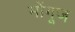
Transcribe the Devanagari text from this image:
मोंगूज